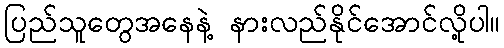
ပြည်သူတွေအနေနဲ့ နားလည်နိုင်အောင်လို့ပါ။